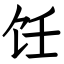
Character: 饪